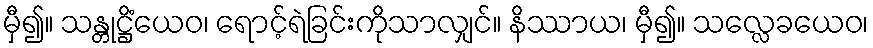
မှီ၍။ သန္တုဋ္ဌိံယေဝ၊ ရောင့်ရဲခြင်းကိုသာလျှင်။ နိဿာယ၊ မှီ၍။ သလ္လေခယေဝ၊